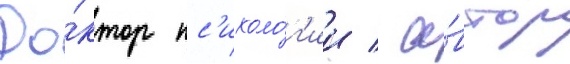
До́ктор пс'ихоло́г'ии / а́втор